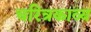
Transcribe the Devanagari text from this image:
चरित्रकाव्य